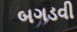
બગડવી